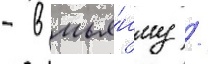
- в мья́нму /